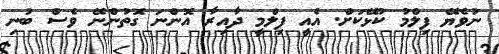
ނުވެޔޭ ފިލްމު ކުޅޭކަށް. އެއީ ފިލްމީ ދާއިރާ އޮންނަ ގޮތުންނޭ ވެސް ބުނި